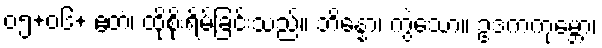
၀၅+၀၆+ ဧတံ၊ ထိုစိုးရိမ်ခြင်းသည်။ ဘိန္နော၊ ကွဲသော။ ဥဒကကုမ္ဘော၊